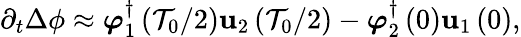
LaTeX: \partial_{t}\Delta\phi\approx\boldsymbol{\varphi}_{1}^{\dagger}\left(\mathcal{T}_{0}/2\right)\mathbf{{u}}_{2}\left(\mathcal{T}_{0}/2\right)-\boldsymbol{\varphi}_{2}^{\dagger}\left(0\right)\mathbf{{u}}_{1}\left(0\right),